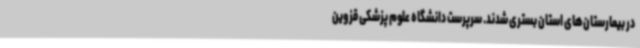
در بیمارستان‌های استان بستری شدند. سرپرست دانشگاه علوم پزشکی قزوین